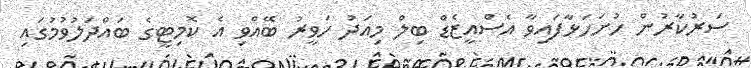
ސަރުކާރުން ހުށަހަޅާފައިވާ އެސްއީޒެޑް ބިލް މިއަދު ހަވީރު ބޭއްވި އެ ކޮމިޓީގެ ބައްދަލުވުމުގައި